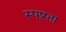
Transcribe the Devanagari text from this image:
स्‍पष्टता